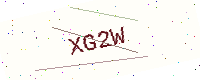
Text: XG2W